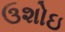
ઉશોઇ